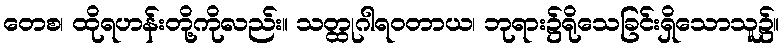
တေစ၊ ထိုရဟန်းတို့ကိုလည်း။ သတ္ထုဂါရဝတာယ၊ ဘုရား၌ရိုသေခြင်းရှိသောသူ၌။